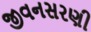
જીવનસરણી